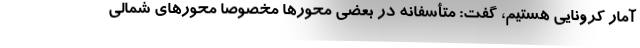
آمار کرونایی هستیم، گفت: متأسفانه در بعضی محورها مخصوصاً محورهای شمالی